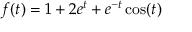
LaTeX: f ( t ) = 1 + 2 e ^ { t } + e ^ { - t } \cos ( t )